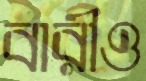
বারীও